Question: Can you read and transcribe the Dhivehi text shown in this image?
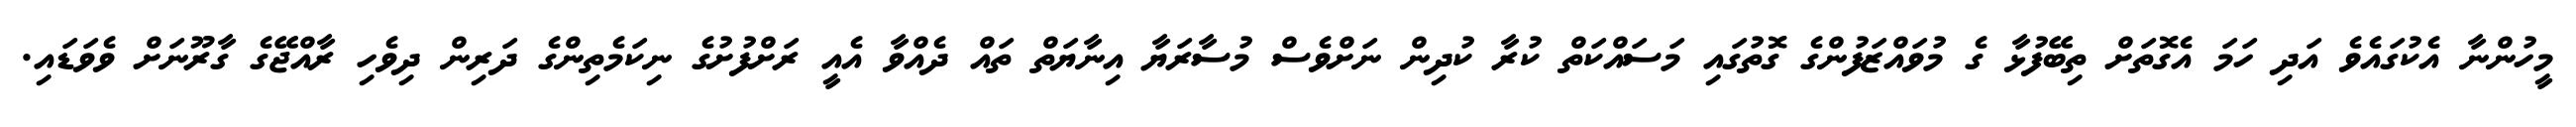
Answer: މީހުންނާ އެކުގައެވެ އަދި ހަމަ އެގޮތަށް ތިބޭފުޅާ ގެ މުވައްޒަފުންގެ ގޮތުގައި މަސައްކަތް ކުރާ ކުދިން ނަށްވެސް މުސާރަޔާ އިނާޔަތް ތައް ދެއްވާ އެއީ ރަށްފުށުގެ ނިކަމެތިންގެ ދަރިން ދިވެހި ރާއްޖޭގެ ގާރޫނަށް ވެވަޑައި.